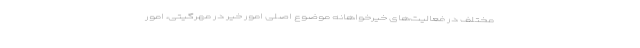
مختلف در فعالیت‌های خیرخواهانه موضوع اصلی امور خير در مهرگیتی، امور